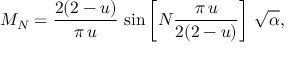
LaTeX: M _ { N } = \frac { 2 ( 2 - u ) } { \pi \, u } \, \sin \left[ N \frac { \pi \, u } { 2 ( 2 - u ) } \right] \, \sqrt { \alpha } ,